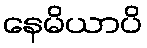
နေမိယာပိ